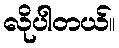
လိုပါတယ်။